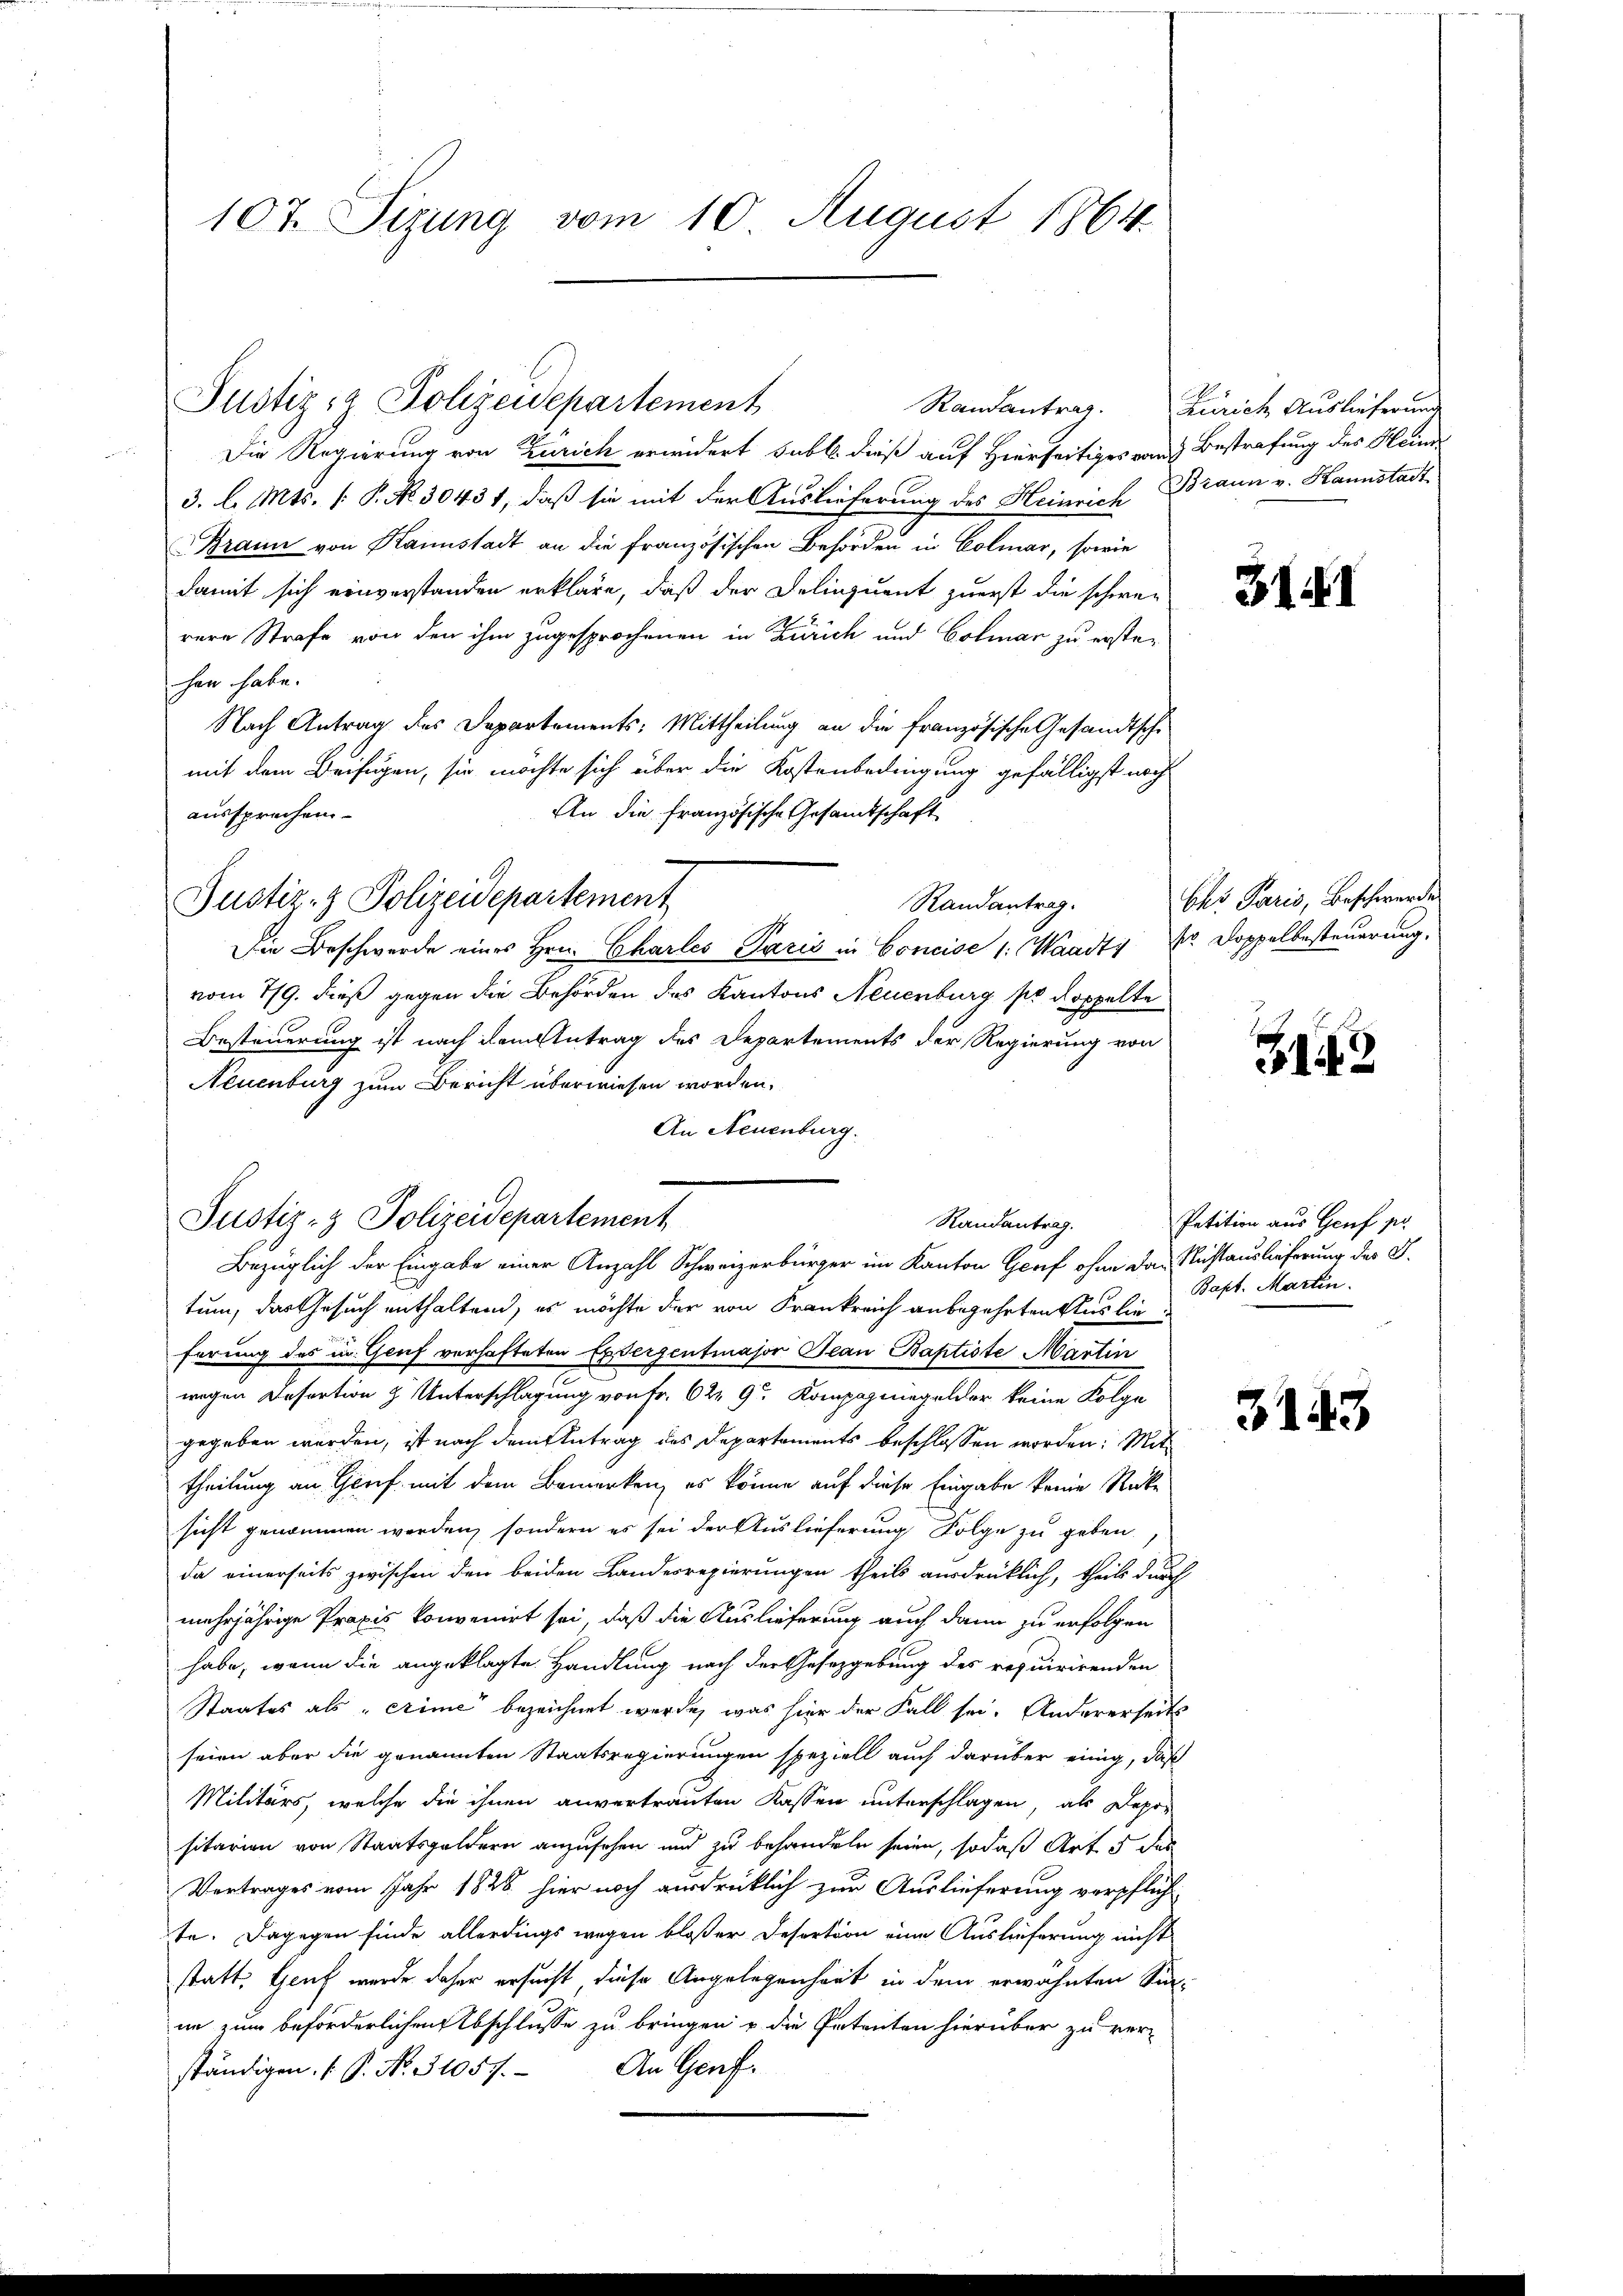
107. Sizung vom 10. August 1864

Justiz & Polizeidepartement

Die Regierung von Zürich erwidert subt. dieß auf Hierseitiges von Bestrafung des Heim
3. l. Mts. (: P. No. 30431, daß sie mit der Auslieferung des Heinrich Braun v. Kannstadt¬
Braun von Kannstadt an die französischen Behörden in Colmar, sowie
damit sich einverstanden erkläre, daß der Delinquent zuerst die schwe-
rere Strafe von den ihm zugesprochenen in Zürich und Colmar zu erstehen habe.
Nach Antrag des Departements: Mittheilung an die französische Gesandtsche
mit dem Beifügen, sie möchte sich über die Kostenbedingung gefälligst noch
An die französische Gesandtschaft
aussprechen.
Randantrag.
Die Beschwerde eines Hrn. Charles Paris in Concise 1: Waadt, Er Doppelbesteuerung,
vom 7/9. dieß gegen die Behörden des Kantons Neuenburg so doppelte
Besteuerung ist nach dem Antrag des Departements der Regierung von
Neuenburg zum Bericht überwiesen worden.
An Neuenburg.
Randantrag.
Bezüglich der Eingabe einer Anzahl Schweizerbürger im Kanton Graf ohne das Richtauslieferung des G.
tum, das Gesuch enthaltend, es möchte der von Frankreich anbegehrten Auslie
ferung des in Gruf verhafteten Exterzentmajor Jean Baptiste Martin
wegen Desertion zu Unterschlagung von Fr. 629 Kompapiegelder keine Folge
gegeben werden, ist nach dem Antrag des Departements beschlossen worden: Mit
theilung an Genf mit dem Bemerken, es könne auf diese Eingabe keine Rücke
sicht genommen werden, sondern es sei der Auslieferung Folge zu geben.
da einerseits zwischen den beiden Landesregierungen theils ausdrüklich, theils durch
mehrjährige Praxis konvenirt sei, daß die Auslieferung auch dann zu erfolgen
habe, wenn die angeklagte Handlung nach der Gesetzgebung des requirirenden
Staates als „crime bezeichnet werde, was hier der Fall sei. Andererseits
seien aber die genannten Staatsregierungen speziell auch darüber einig, daß
Militärs, welche die ihnen anvertrauten Kassen unterschlagen, als Depositarien von Staatsgeldern anzusehen und zu behandeln seien, sodaß Art. 5 des
Vertrages vom Jahr 1848 hier noch ausdrücklich zur Auslieferung verpflich-
te. Dagegen finde allerdings wegen bloßer Desertion eine Auslieferung nicht
statt, Heuf wurde daher ersucht, diese Angelegenheit in dem erwähnten Sin-
ne zum beförderlichen Abschlusse zu bringen u. die Petenten hierüber zu ver-
An Genf.
ständigen. ( P. No. 31057.

Justiz- & Polizeidepartement

Justiz- & Polizeidepartement

Randantrag. Zürich Auslieferung

3141

Chr Paris, Beschwerde.

2

Petition aus Genf pr
Bapt. Martin.

3143